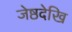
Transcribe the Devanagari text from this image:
जेष्ठदेखि